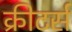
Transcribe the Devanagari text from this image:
क्रीटर्स